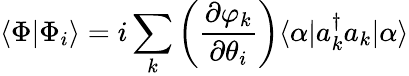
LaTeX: \langle\Phi|\Phi_{i}\rangle=i\sum_{k}\left(\frac{\partial\varphi_{k}}{\partial\theta_{i}}\right)\langle\alpha|a_{k}^{\dagger}a_{k}|\alpha\rangle